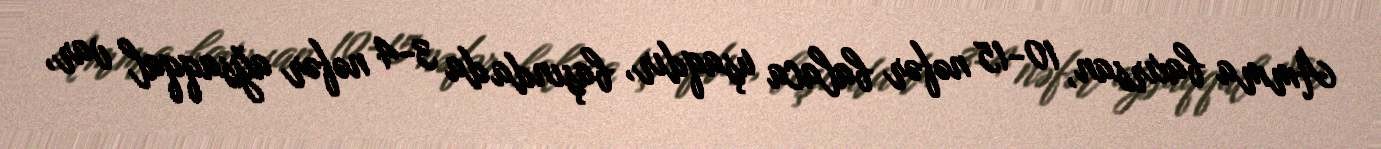
Amma baxırsan, 10-15 nəfər balaca uşaqdır, başında da 3-4 nəfər ağsaqqal var,